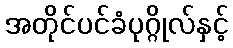
အတိုင်ပင်ခံပုဂ္ဂိုလ်နှင့်